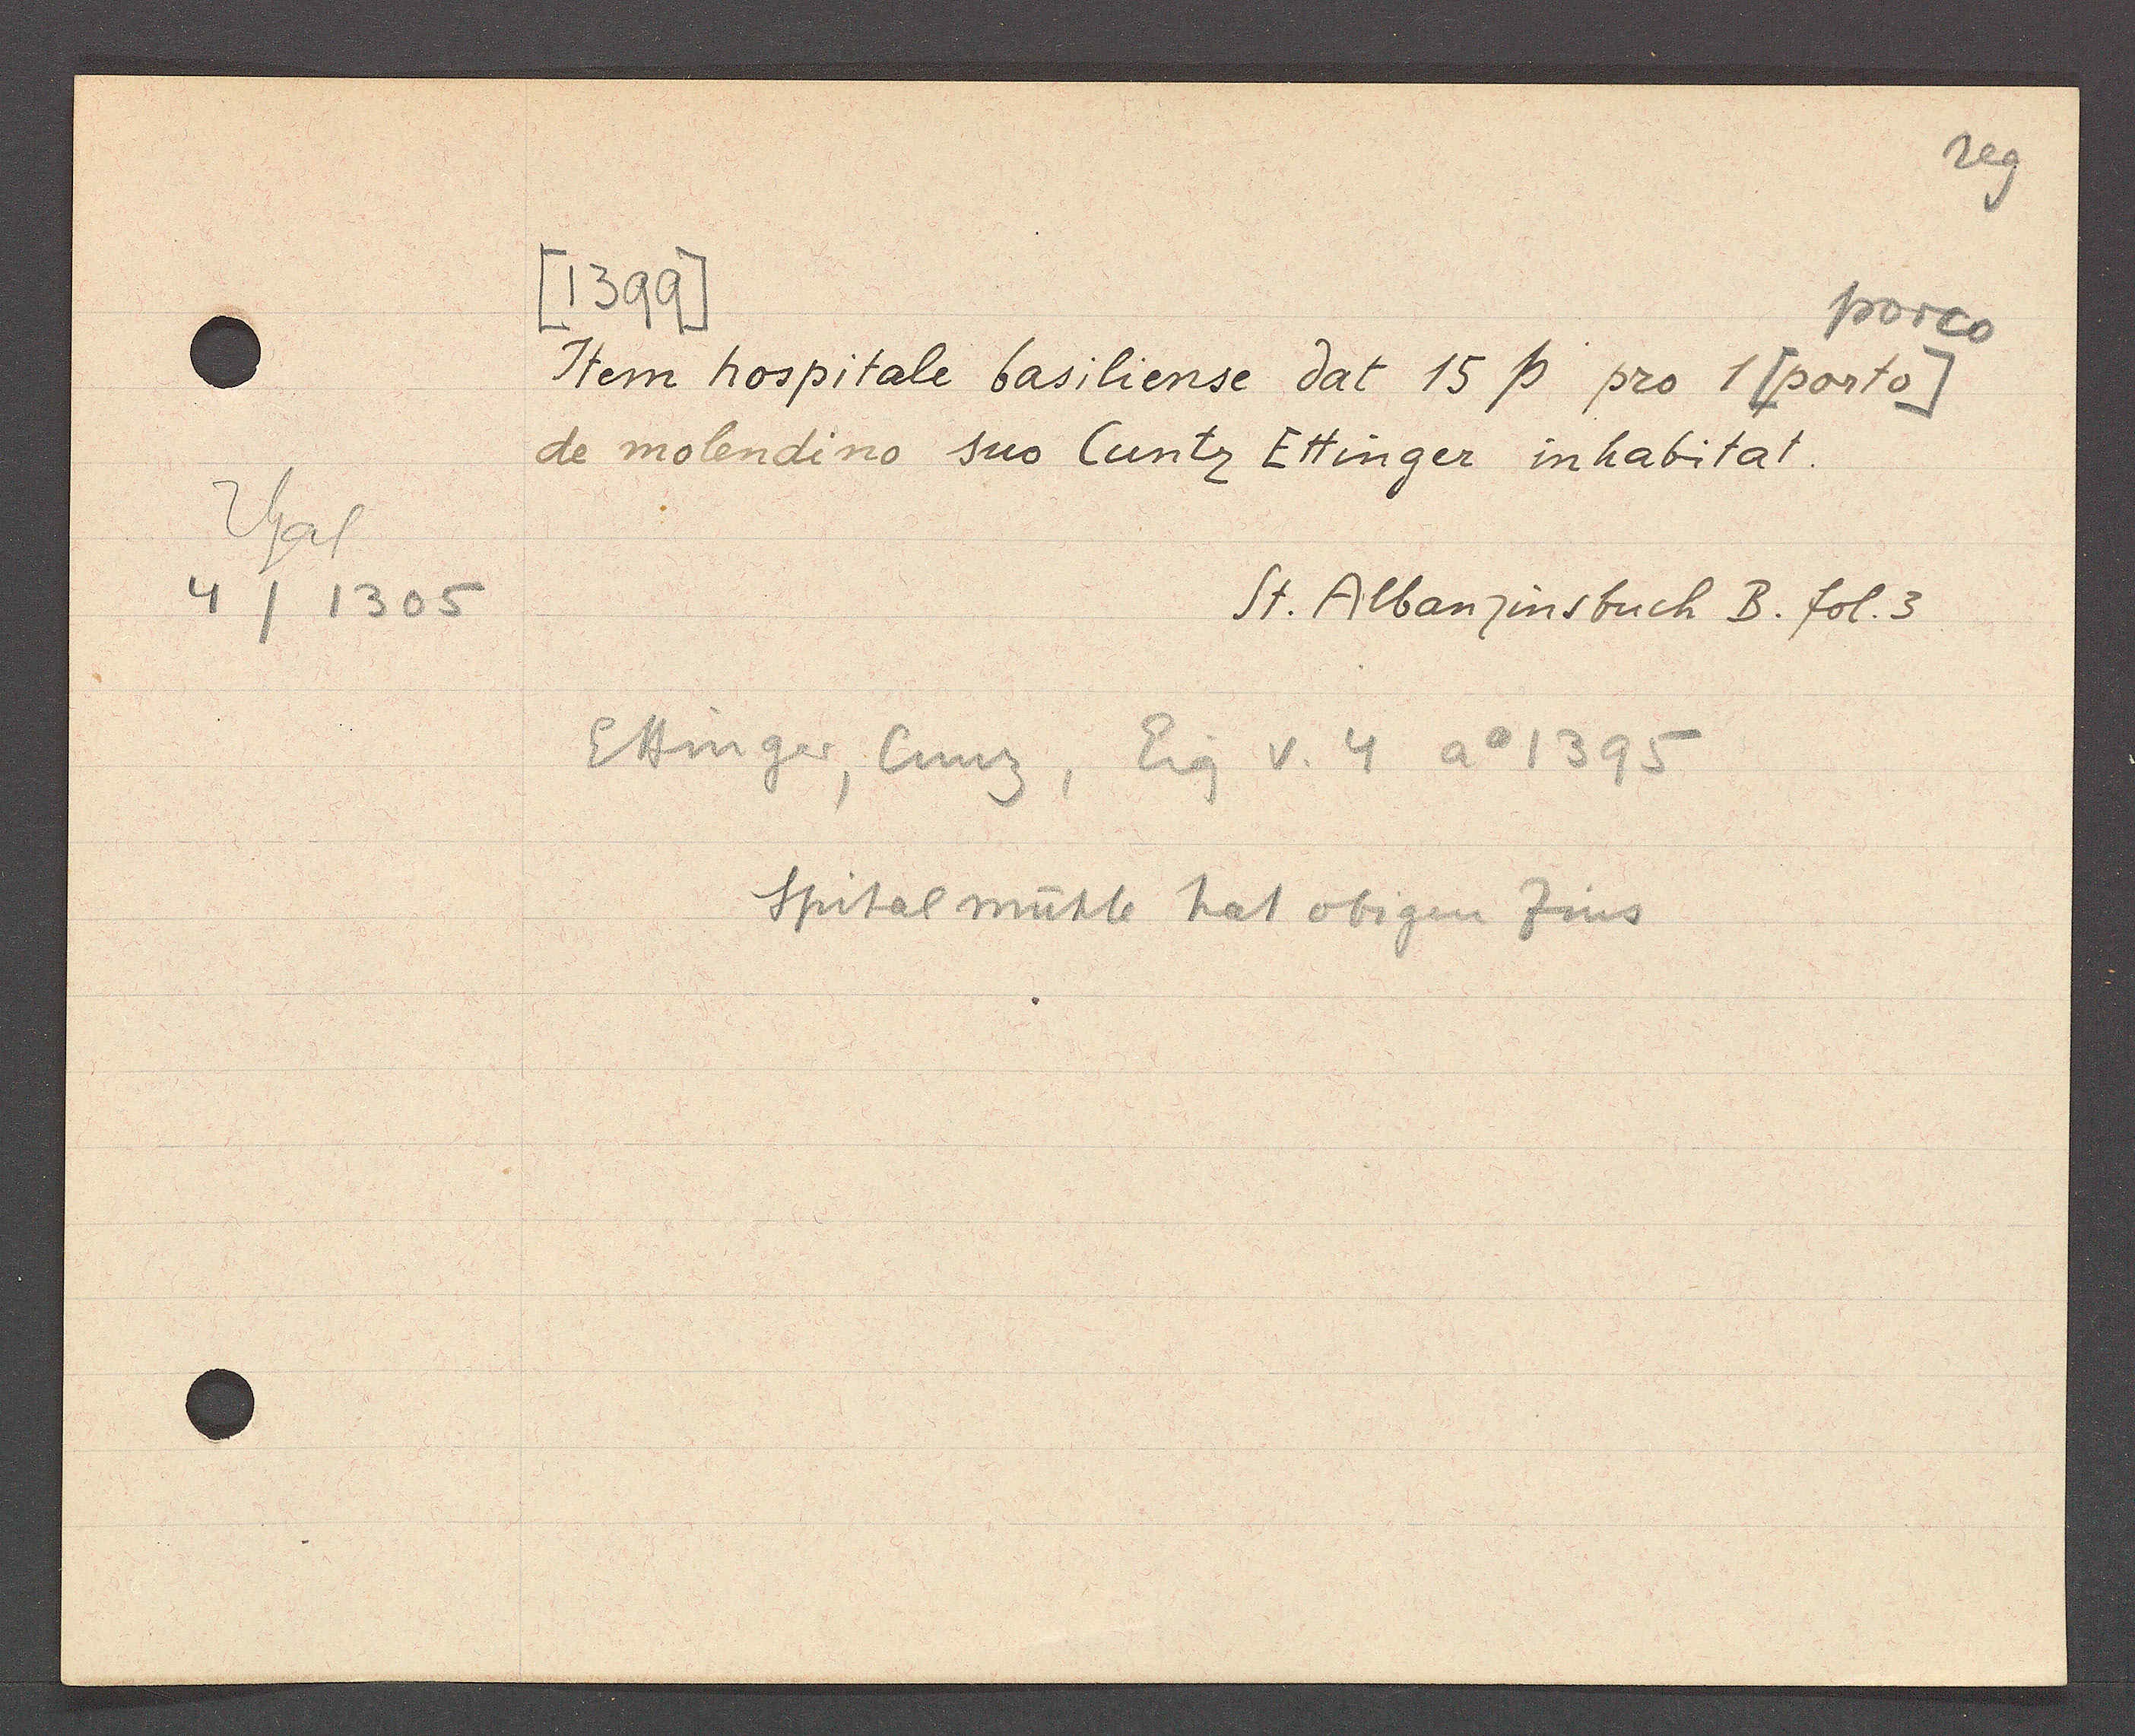
Transcript:
Stat
4/1305

[1399]

porco
Item hospitale basiliense dat 15ß pro 1 [porto]
de molendino sus Cuntz Ettinger inhabitat.

Ettinger, Cuntz, Eig v. 4 Ao 1395
Spital mühle hat obigen Zins.

St. Albanzinsbuch B. fol. 3.